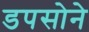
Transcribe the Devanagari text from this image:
डपसोने